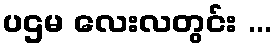
ပဌမ လေးလတွင်း ...